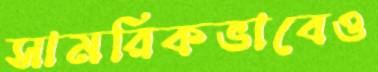
সামরিকভাবেও